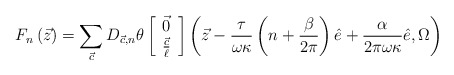
\begin{align*}F_{n}\left({\vec z}\right) = \sum_{{\vec c}}D_{{\vec c},n}\theta\left[\begin{array}{c}{\vec 0} \\\frac{{\vec c}}{\ell} \end{array}\right]\left({\vec z}-\frac{\tau}{\omega\kappa}\left(n+\frac{\beta}{2\pi}\right){\hat e}+\frac{\alpha}{2\pi\omega\kappa}{\hat e},\Omega\right)\end{align*}